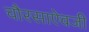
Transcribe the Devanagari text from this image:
चौरसाऐवजी